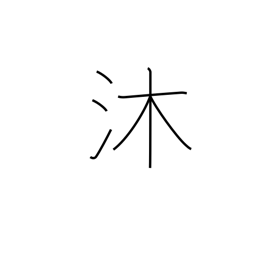
Meaning: wash